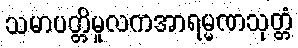
သမာပတ္တိမူလကအာရမ္မဏသုတ္တံ